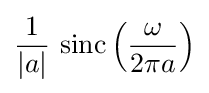
{\frac {1}{|a|}}\,\operatorname {sinc} \left({\frac {\omega }{2\pi a}}\right)